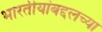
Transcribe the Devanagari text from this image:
भारतीयांबद्दलच्या